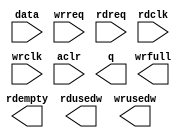
module fifo_2k (
	data,
	wrreq,
	rdreq,
	rdclk,
	wrclk,
	aclr,
	q,
	rdempty,
	rdusedw,
	wrfull,
	wrusedw)/* synthesis synthesis_clearbox = 1 */;

	input	[15:0]  data;
	input	  wrreq;
	input	  rdreq;
	input	  rdclk;
	input	  wrclk;
	input	  aclr;
	output	[15:0]  q;
	output	  rdempty;
	output	[10:0]  rdusedw;
	output	  wrfull;
	output	[10:0]  wrusedw;

endmodule